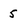
Character: 5